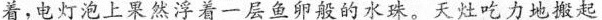
看，电灯泡上果然浮着一层鱼卵般的水珠。天灶吃力地搬起